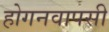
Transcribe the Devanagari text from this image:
होगनवापसी